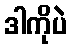
ဒါကိုပဲ